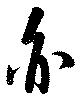
亦